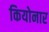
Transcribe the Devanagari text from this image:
कियोनार